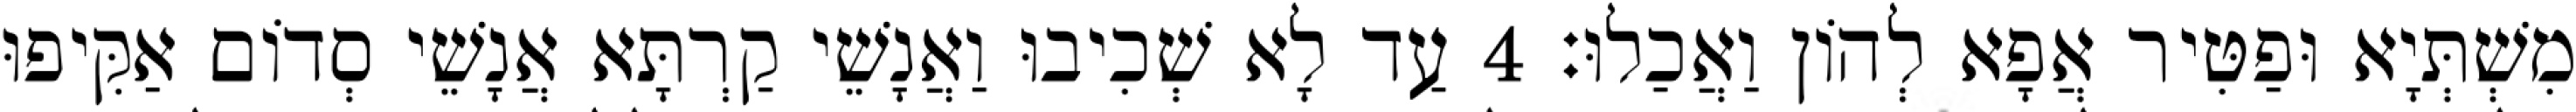
מִשְׁתְּיָא וּפַטִּיר אֲפָא לְהוֹן וַאֲכַלוּ׃ 4 עַד לָא שְׁכִיבוּ וַאֲנָשֵׁי קַרְתָּא אֲנָשֵׁי סְדוֹם אַקִּיפוּ